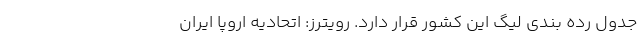
جدول رده بندی لیگ این کشور قرار دارد. رویترز: اتحادیه اروپا ایران